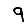
Digit: 9